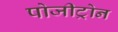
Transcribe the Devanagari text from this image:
पोजीट्रोन